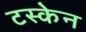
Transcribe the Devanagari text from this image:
टस्केन